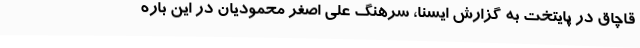
قاچاق در پایتخت به گزارش ایسنا، سرهنگ علی اصغر محمودیان در این باره